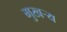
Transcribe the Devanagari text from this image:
मुखर्‍य